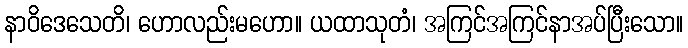
နာဝိဒေသေတိ၊ ဟောလည်းမဟော။ ယထာသုတံ၊ အကြင်အကြင်နာအပ်ပြီးသော။